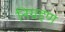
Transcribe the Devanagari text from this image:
निग्रहण